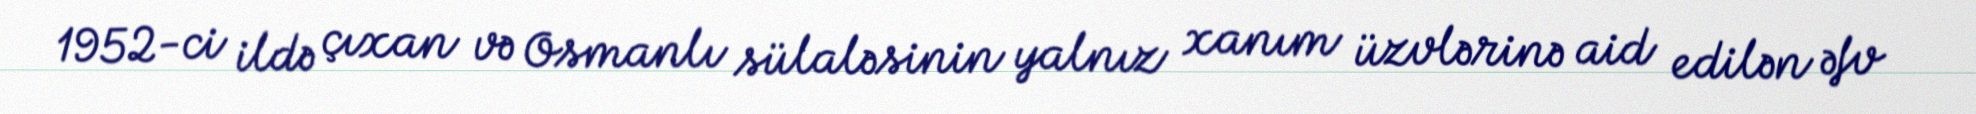
1952-ci ildə çıxan və Osmanlı sülaləsinin yalnız xanım üzvlərinə aid edilən əfv